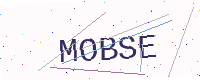
Text: MOBSE